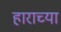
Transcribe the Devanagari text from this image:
हाराच्या